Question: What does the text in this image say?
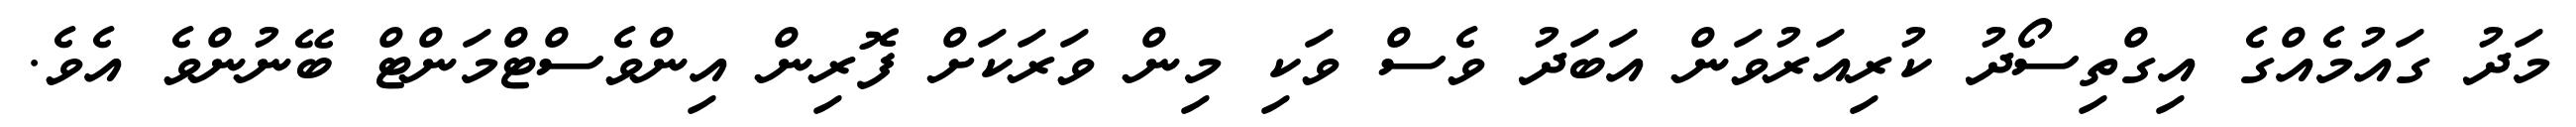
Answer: މަދު ގައުމެއްގެ އިގްތިސޯދު ކުރިއަރުވަން އަބަދު ވެސް ވަކި މިން ވަރަކަށް ފޮރިން އިންވެސްޓްމަންޓް ބޭނުންވެ އެވެ.